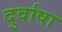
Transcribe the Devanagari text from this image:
दुर्वाषा